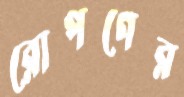
রোপণের